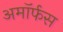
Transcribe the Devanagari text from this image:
अमॉर्फस